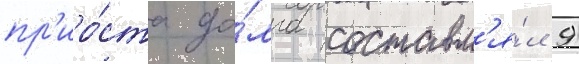
пр'иро́ста до́лга составл'я́л 9